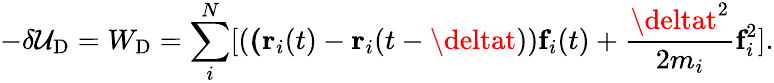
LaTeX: -\delta\mathcal{U}_{\textrm{{D}}}=W_{\textrm{{D}}}=\sum_{i}^{N}[(\textbf{(}\textbf{{r}}_{i}(t)-\textbf{{r}}_{i}(t-\deltat))\textbf{{f}}_{i}(t)+\frac{{\deltat^{2}}}{{2m_{i}}}\textbf{{f}}_{i}^{2}].